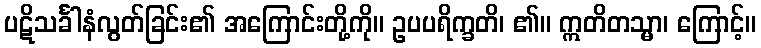
ပဋိသင်္ခါနံလွတ်ခြင်း၏ အကြောင်းတို့ကို။ ဥပပရိက္ခတိ၊ ၏။ ဣတိတသ္မာ၊ ကြောင့်။